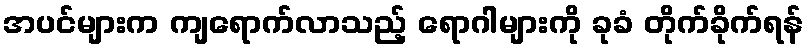
အပင်များက ကျရောက်လာသည့် ရောဂါများကို ခုခံ တိုက်ခိုက်ရန်